Rangoon Lunatic Asylum 1893-1897 - 1893-1897
Year: 1893
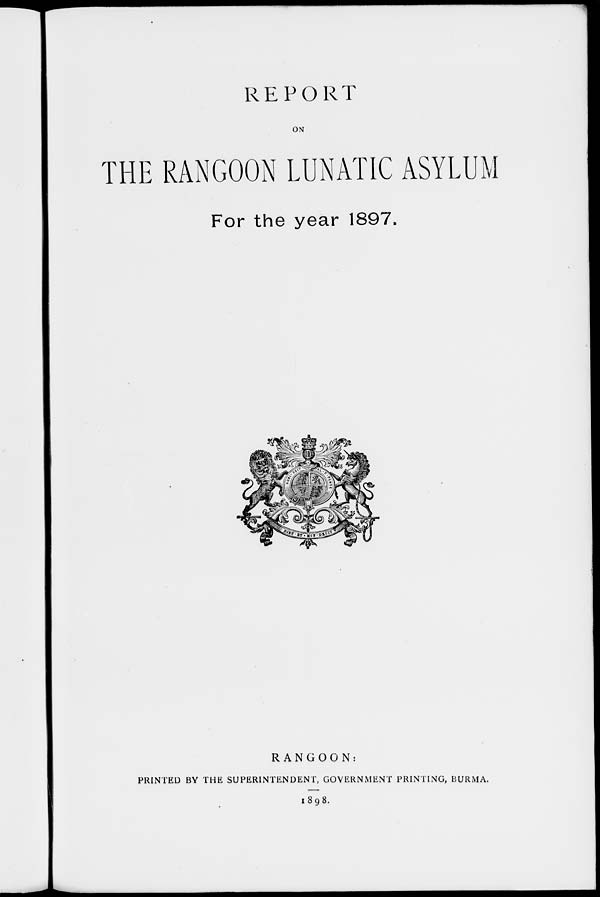
REPORT
ON
THE RANGOON LUNATIC ASYLUM
For the year 1897.
RANGOON:
PRINTED BY THE SUPERINTENDENT, GOVERNMENT PRINTING, BURMA.
1898.